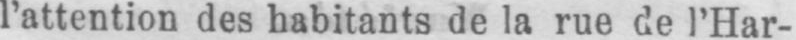
l’attention des habitants de la rue de l’Har-